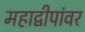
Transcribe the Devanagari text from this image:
महाद्वीपांवर